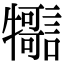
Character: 𤜊